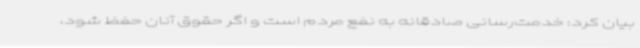
بیان کرد: خدمت‌رسانی صادقانه به نفع مردم است و اگر حقوق آنان حفظ شود،